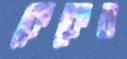
কেকের